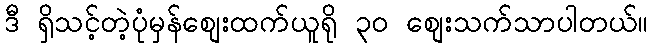
ဒီ ရှိသင့်တဲ့ပုံမှန်စျေးထက်ယူရို ၃၀ စျေးသက်သာပါတယ်။